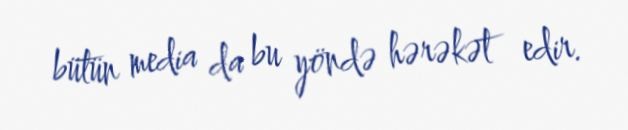
bütün media da bu yöndə hərəkət edir.